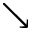
\searrow